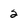
Character: 2